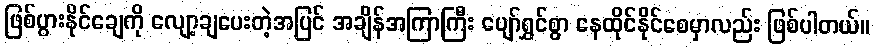
ဖြစ်ပွားနိုင်ချေကို လျော့ချပေးတဲ့အပြင် အချိန်အကြာကြီး ပျော်ရွှင်စွာ နေထိုင်နိုင်စေမှာလည်း ဖြစ်ပါတယ်။